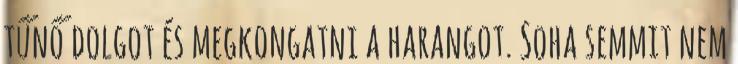
tűnő dolgot és megkongatni a harangot. Soha semmit nem